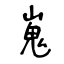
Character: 嵬